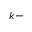
k -